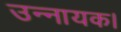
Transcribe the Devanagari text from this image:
उन्नायक।